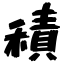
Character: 積